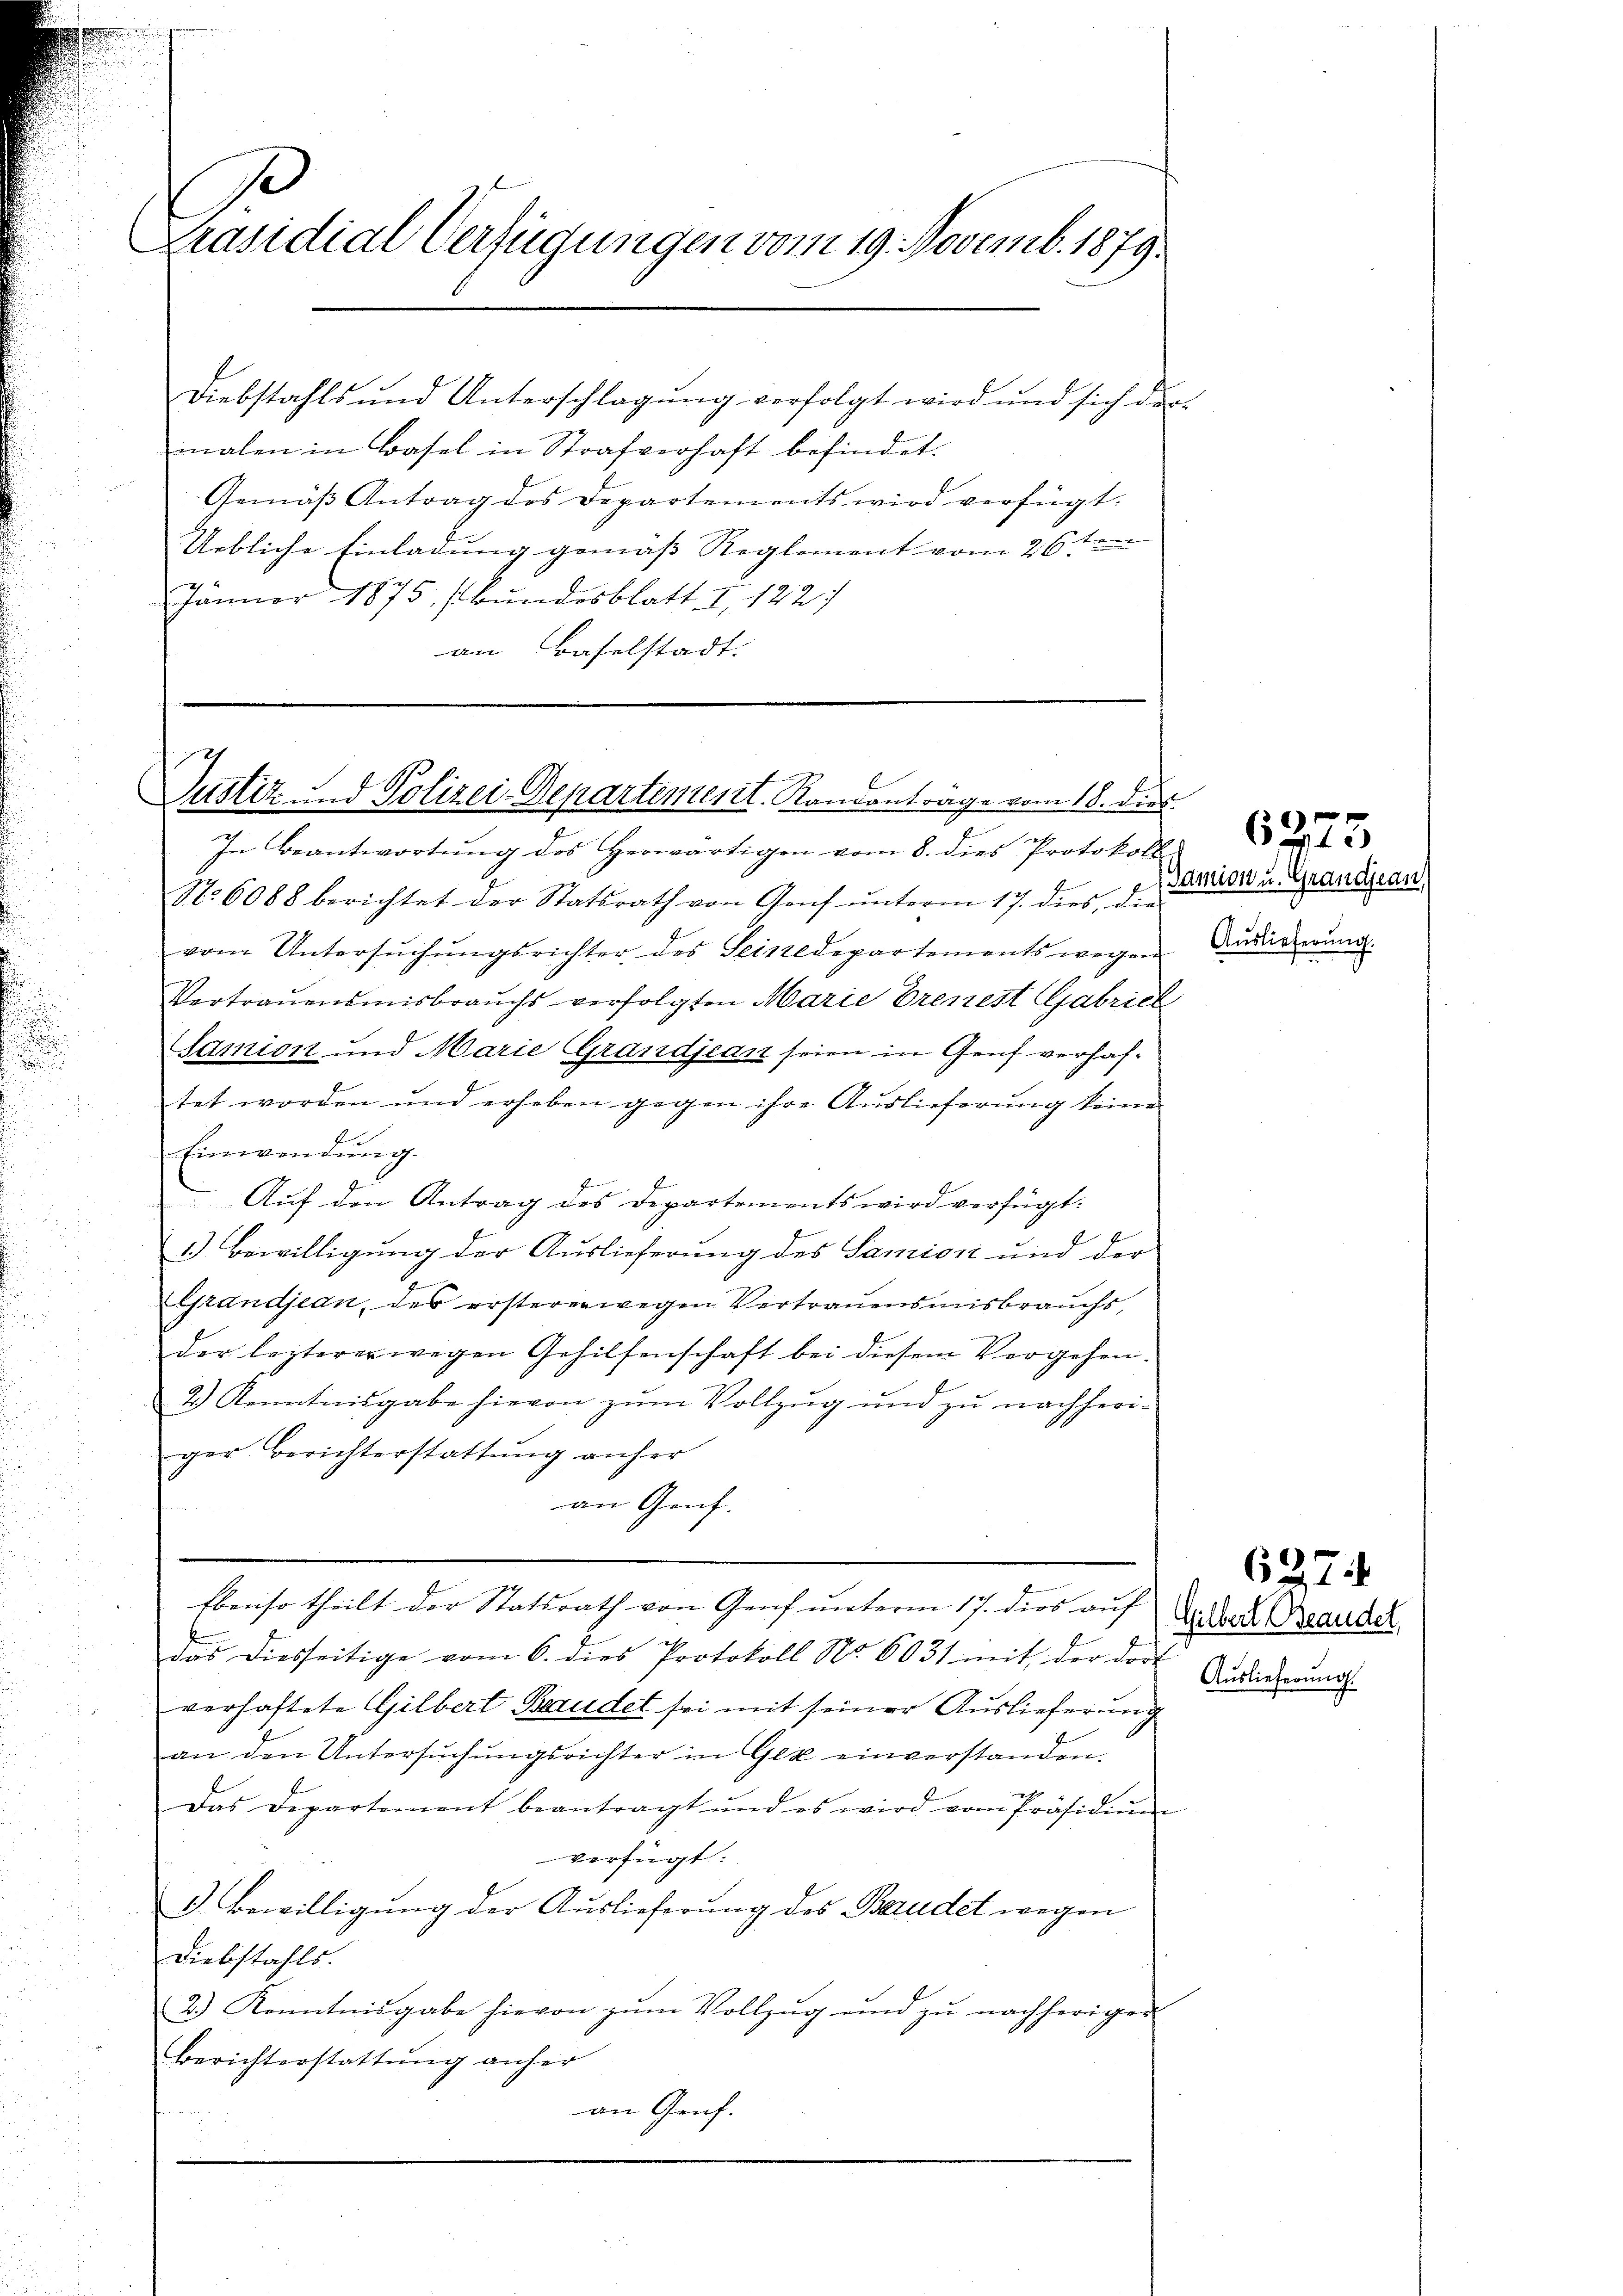
e
Präsidial-Verfügungen vom 19. Novemb. 1879.

Diebstahls und Unterschlagung verfolgt wird und sich der
malen in Basel in Strafverhaft befindet.
Gemäß Antrag des Departements wird verfügt:
Uebliche Einladung gemäss Reglement vom 26ten
Jänner 1875 (Bundesblatt I 122.
an Baselstadt.

1
Justiz und Polizei-Departentent. Randantrage vom 18. dies

In Beantwortŭng des herwärtigen vom 8. dies Protokoll
No. 6088 berichtet der Statsrath von Genf unterm 17. dies, die
vom Untersŭchŭngsrichter des Seinedepartements wegen
Vertrauensmisbrauchs verfolgten Marie Erenest Gabriel
Samion und Marie Grandjean seien in Genf verhaftet worden und erheben gegen ihre Auslieferung keine
Einwendŭng.
b
Auf den Antrag des Departements wird verfügt:
1.) Bewilligung der Auslieferung des Samion und der
Grandjean, des erstererwegen Vertrauensmisbrauchs,
der lezterer wegen Gehilfenschaft bei diesem Vergehen.
2.) Kenntnisgabe hievon zum Vollzug und zu nachheriger Berichterstattung anher
an Genf.
Ebenso theilt der Statsrath von Genf unterm 17. dies auf
das diesseitige vom 6. dies Protokoll No. 6031 mit der dort
verhaftete Gilbert Brudet sei mit seiner Auslieferung
an den Untersŭchŭngsrichter in Gek einverstanden.
Das Departement beantragt und es wird vom Präsidiŭm
verfügt:
1). Bewilligung der Auslieferung des Baudet wegen
Diebstahls.
2.) Kenntnisgabe hievon zŭm Vollzŭg und zŭ nachheriger
Berichterstattung anher
an Genf.

6275
Damian u. Grandjean
Auslieferung.

Gilbert Brandel,
Auslieferung.

6374